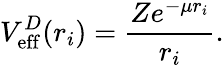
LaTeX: V_{\mathrm{eff}}^{D}({r}_{i})=\frac{Ze^{-\mu{r}_{i}}}{{r_{i}}}.